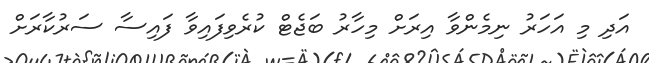
އަދި މި އަހަރު ނިމެންވާ އިރަށް މިހާރު ބަޖެޓް ކުރެވިފައިވާ ފައިސާ ސަރުކާރަށް